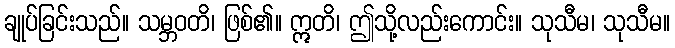
ချုပ်ခြင်းသည်။ သမ္ဘဝတိ၊ ဖြစ်၏။ ဣတိ၊ ဤသို့လည်းကောင်း။ သုသီမ၊ သုသီမ။